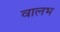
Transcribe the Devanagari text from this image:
वालभ